Madras plague regulations and rules - Volume 1
Disease focus: Plague
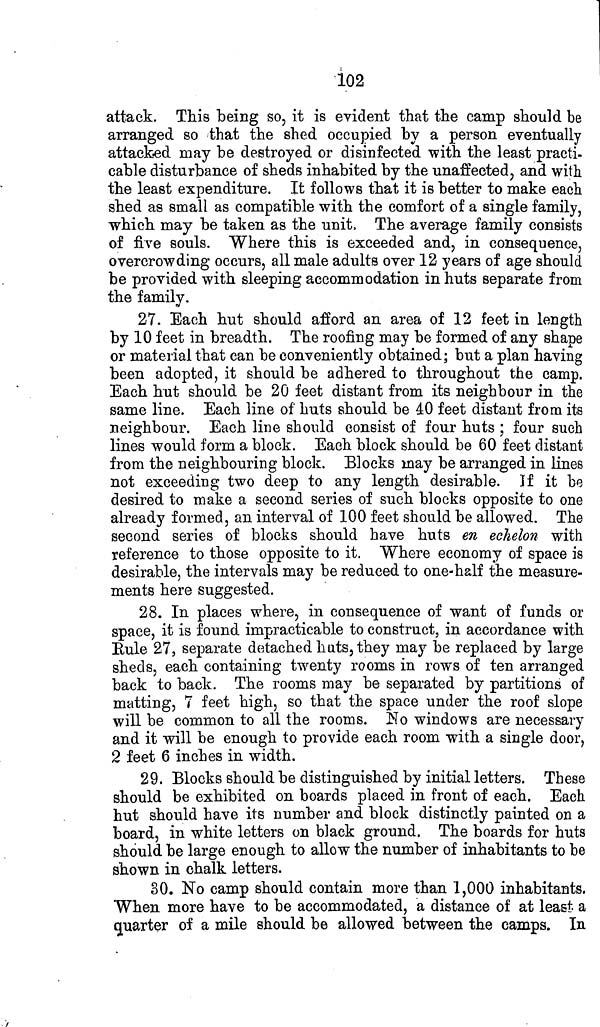
102
attack. This being so, it is evident that the camp should be
arranged so that the shed occupied by a person eventually
attacked may be destroyed or disinfected with the least practi-
cable disturbance of sheds inhabited by the unaffected, and with
the least expenditure. It follows that it is better to make each
shed as small as compatible with the comfort of a single family,
which may be taken as the unit, The average family consists
of five souls. Where this is exceeded and, in consequence,
overcrowding occurs, all male adults over 12 years of age should
be provided with sleeping accommodation in huts separate from
the family.
27. Each hut should afford an area of 12 feet in length
by 10 feet in breadth. The roofing may be formed of any shape
or material that can be conveniently obtained; but a plan having
been adopted, it should be adhered to throughout the camp.
Each hut should be 20 feet distant from its neighbour in the
same line. Each line of huts should be 40 feet distant from its
neighbour. Each line should consist of four huts ; four such
lines would form a block. Each block should be 60 feet distant
from the neighbouring block. Blocks may be arranged in lines
not exceeding two deep to any length desirable. If it be
desired to make a second series of such blocks opposite to one
already formed, an interval of 100 feet should be allowed. The
second series of blocks should have huts en echelon with
reference to those opposite to it. Where economy of space is
desirable, the intervals may be reduced to one-half the measure-
ments here suggested.
28. In places where, in consequence of want of funds or
space, it is found impracticable to construct, in accordance with
Rule 27, separate detached huts, they may be replaced by large
sheds, each containing twenty rooms in rows of ten arranged
back to back. The rooms may be separated by partitions of
matting, 7 feet high, so that the space under the roof slope
will be common to all the rooms. No windows are necessary
and it will be enough to provide each room with a single door,
2 feet 6 inches in width.
29. Blocks should be distinguished by initial letters. These
should be exhibited on boards placed in front of each. Each
hut should have its number and block distinctly painted on a
board, in white letters on black ground. The boards for huts
should be large enough to allow the number of inhabitants to be
shown in chalk letters.
30. No camp should contain more than 1,000 inhabitants.
When more have to be accommodated, a distance of at least a
quarter of a mile should be allowed between the camps. In